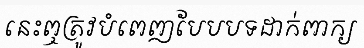
នេះឮត្រូវបំពេញបែបបទដាក់ពាក្យ